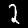
Digit: 2